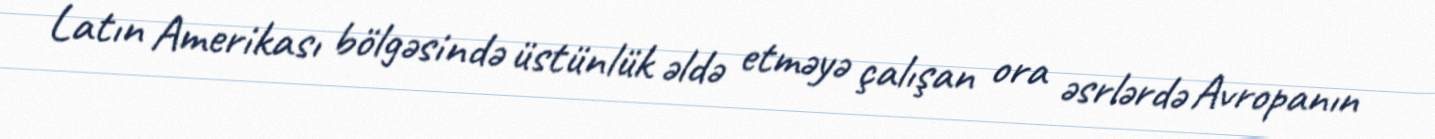
Latın Amerikası bölgəsində üstünlük əldə etməyə çalışan ora əsrlərdə Avropanın